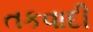
તકવાદી